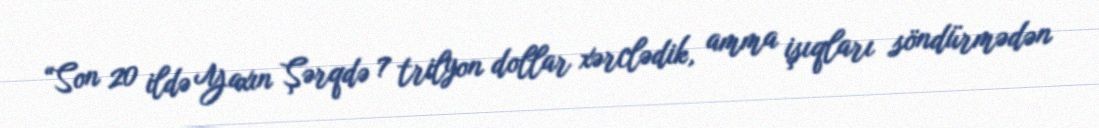
“Son 20 ildə Yaxın Şərqdə 7 trilyon dollar xərclədik, amma işıqları söndürmədən